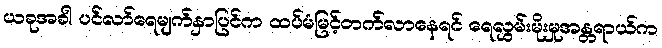
ယခုအခါ ပင်လာ်ရေမျက်နှာပြင်က ထပ်မံမြင့်တက်လာနေရင် ရေလွှမ်းမိုးမှုအန္တရာယ်က